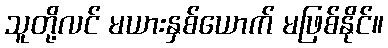
သူတို့လင် မယားနှစ်ယောက် မဖြစ်နိုင်။